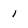
Character: 1